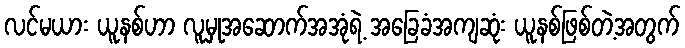
လင်မယား ယူနစ်ဟာ လူမှုအဆောက်အအုံရဲ့ အခြေခံအကျဆုံး ယူနစ်ဖြစ်တဲ့အတွက်